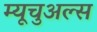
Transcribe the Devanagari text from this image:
म्यूचुअल्स